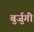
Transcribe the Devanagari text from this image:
बुर्जुगी